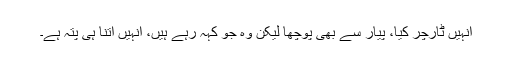
انہیں ٹارچر کیا، پیار سے بھی پوچھا لیکن وہ جو کہہ رہے ہیں، انہیں اتنا ہی پتہ ہے۔